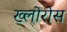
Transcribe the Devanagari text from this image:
ख्लोरोस